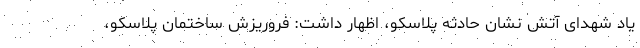
یاد شهدای آتش نشان حادثه پلاسکو، اظهار داشت: فروریزش ساختمان پلاسکو،